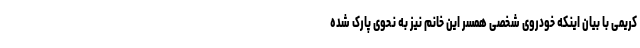
کریمی با بیان اینکه خودروی شخصی همسر این خانم نیز به نحوی پارک شده